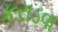
કરાડવા